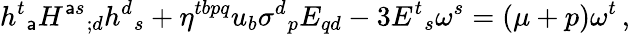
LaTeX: h^{t}{}_{\mathsf{a}}H^{\mathsf{a}s}{}_{;d}h^{d}{}_{s}+\eta^{tbpq}u_{b}\sigma^{d}{}_{p}E_{qd}-3E^{t}{}_{s}\omega^{s}=(\mu+p)\omega^{t}\, ,